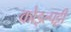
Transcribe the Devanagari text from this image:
कोइल्पट्टी